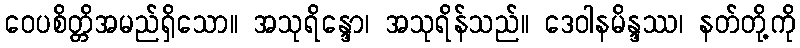
ဝေပစိတ္တိအမည်ရှိသော။ အသုရိန္ဒော၊ အသုရိန်သည်။ ဒေဝါနမိန္ဒဿ၊ နတ်တို့ကို